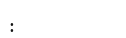
: